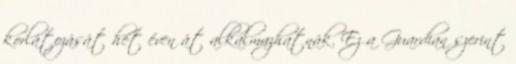
korlátozását hét éven át alkalmazhatnák. Ez a Guardian szerint